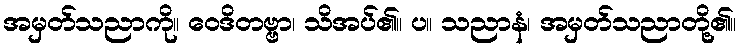
အမှတ်သညာကို။ ဝေဒိတဗ္ဗာ၊ သိအပ်၏။ ပ။ သညာနံ၊ အမှတ်သညာတို့၏။